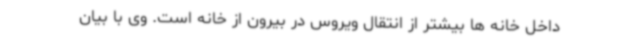
داخل خانه ها بیشتر از انتقال ویروس در بیرون از خانه است. وی با بیان